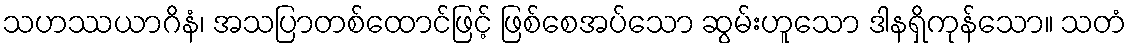
သဟဿယာဂိနံ၊ အသပြာတစ်ထောင်ဖြင့် ဖြစ်စေအပ်သော ဆွမ်းဟူသော ဒါနရှိကုန်သော။ သတံ